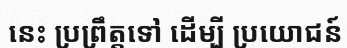
នេះ ប្រព្រឹត្តទៅ ដើម្បី ប្រយោជន៍